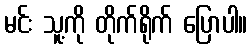
မင်း သူ့ကို တိုက်ရိုက် ပြောပါ။